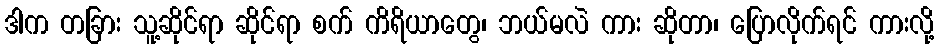
ဒါက တခြား သူ့ဆိုင်ရာ ဆိုင်ရာ စက် ကိရိယာတွေ၊ ဘယ်မလဲ ကား ဆိုတာ၊ ပြောလိုက်ရင် ကားလို့